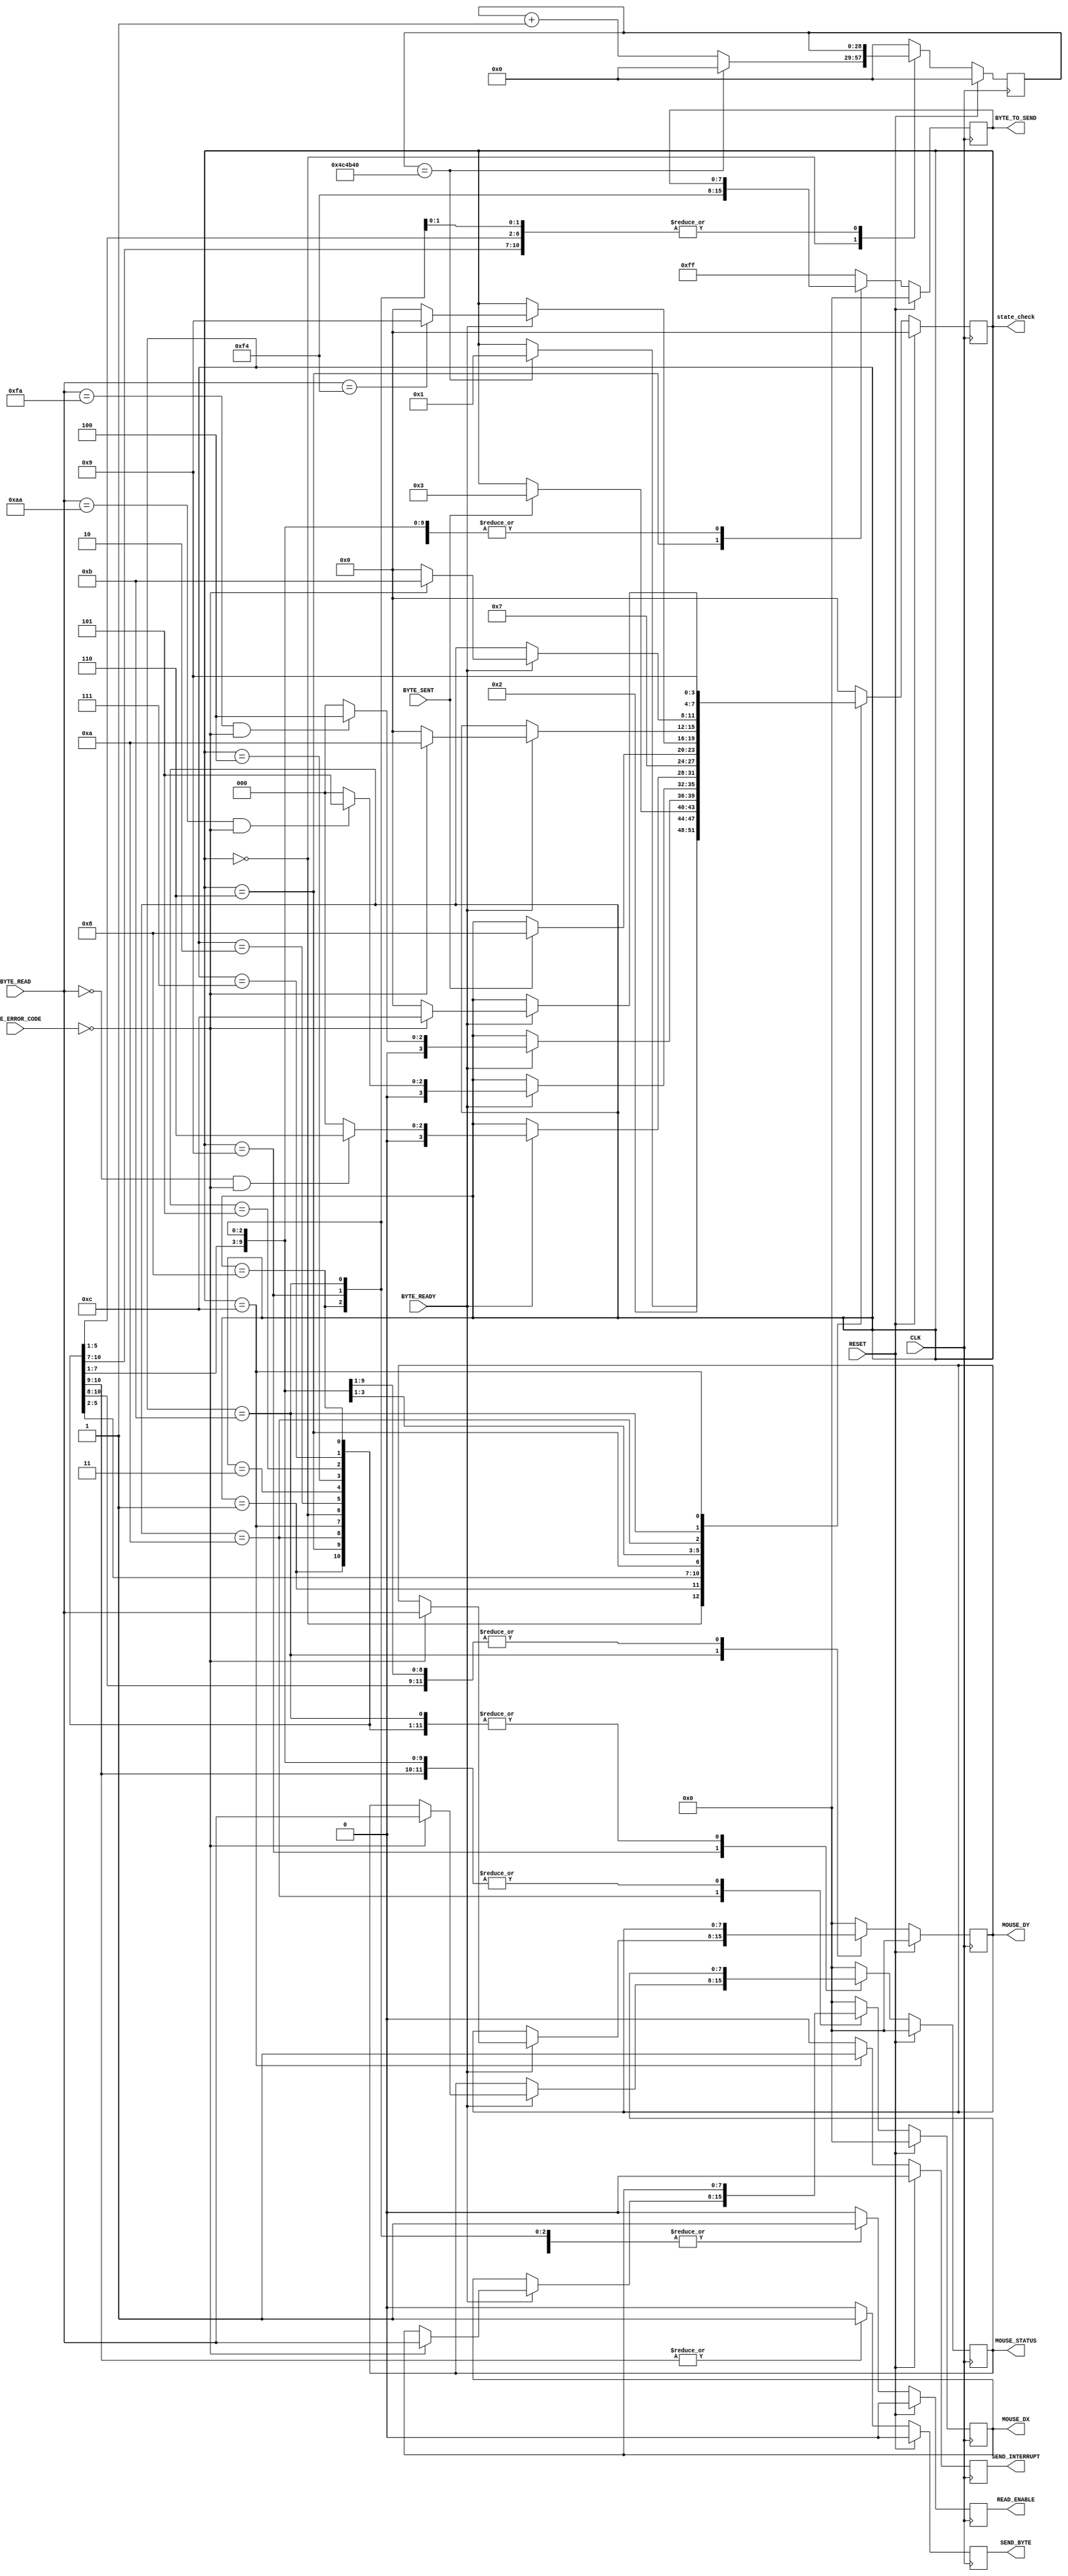
module MouseMasterSM(
    output [3:0] state_check,

    input CLK,
    input RESET,
    //Transmitter Control
    output SEND_BYTE,
    output [7:0] BYTE_TO_SEND,
    input BYTE_SENT,
    //Receiver Control
    output READ_ENABLE,
    input [7:0] BYTE_READ,
    input [1:0] BYTE_ERROR_CODE,
    input BYTE_READY,
    //Data Registers
    output [7:0] MOUSE_DX,
    output [7:0] MOUSE_DY,
    output [7:0] MOUSE_STATUS,
    output SEND_INTERRUPT
);

    assign state_check=Curr_State;
    
    //////////////////////////////////////////////////////////////
    // Main state machine - There is a setup sequence
    //
    // 1) Send FF -- Reset command,
    // 2) Read FA -- Mouse Acknowledge,
    // 2) Read AA -- Self-Test Pass
    // 3) Read 00 -- Mouse ID
    // 4) Send F4 -- Start transmitting command,
    // 5) Read FA -- Mouse Acknowledge,
    //
    // If at any time this chain is broken, the SM will restart from
    // the beginning. Once it has finished the set-up sequence, the read enable flag
    // is raised.
    // The host is then ready to read mouse information 3 bytes at a time:
    // S1) Wait for first read, When it arrives, save it to Status. Goto S2.
    // S2) Wait for second read, When it arrives, save it to DX. Goto S3.
    // S3) Wait for third read, When it arrives, save it to DY. Goto S1.
    // Send interrupt.
    
    //State Control
    reg [3:0] Curr_State, Next_State;
    reg [28:0] Curr_Counter, Next_Counter;
    //Transmitter Control
    reg Curr_SendByte, Next_SendByte;
    reg [7:0] Curr_ByteToSend, Next_ByteToSend;
    //Receiver Control
    reg Curr_ReadEnable, Next_ReadEnable;
    //Data Registers
    reg [7:0] Curr_Status, Next_Status;
    reg [7:0] Curr_Dx, Next_Dx;
    reg [7:0] Curr_Dy, Next_Dy;
    reg Curr_SendInterrupt, Next_SendInterrupt;
    
    //Sequential
    always@(posedge CLK) begin
        if(RESET) begin
            Curr_State <= 4'h0;
            Curr_Counter <= 0;
            Curr_SendByte <= 1'b0;
            Curr_ByteToSend <= 8'h00;
            Curr_ReadEnable <= 1'b0;
            Curr_Status <= 8'h00;
            Curr_Dx <= 8'h00;
            Curr_Dy <= 8'h00;
            Curr_SendInterrupt <= 1'b0;
        end 
        else begin
            Curr_State <= Next_State;
            Curr_Counter <= Next_Counter;
            Curr_SendByte <= Next_SendByte;
            Curr_ByteToSend <= Next_ByteToSend;
            Curr_ReadEnable <= Next_ReadEnable;
            Curr_Status <= Next_Status;
            Curr_Dx <= Next_Dx;
            Curr_Dy <= Next_Dy;
            Curr_SendInterrupt <= Next_SendInterrupt;
        end
    end
    
    //Combinatorial
    always@* begin
        Next_State = Curr_State;
        Next_Counter = Curr_Counter;
        Next_SendByte = 1'b0;
        Next_ByteToSend = Curr_ByteToSend;
        Next_ReadEnable = 1'b0;
        Next_Status = Curr_Status;
        Next_Dx = Curr_Dx;
        Next_Dy = Curr_Dy;
        Next_SendInterrupt = 1'b0;
        
        case(Curr_State)
            //Initialise State - Wait here for 10ms before trying to initialise the mouse.
            4'h0: begin
                if(Curr_Counter == 5000000) begin // 1/100th sec at 50MHz clock
                    Next_State = 4'h1;
                    Next_Counter = 0;
                end 
                else
                    Next_Counter = Curr_Counter + 1'b1;
            end
            
            //Start initialisation by sending FF
            4'h1: begin
                Next_State = 4'h2;
                Next_SendByte = 1'b1;
                Next_ByteToSend = 8'hFF;
            end
            
            //Wait for confirmation of the byte being sent
            4'h2: begin
                if(BYTE_SENT)
                    Next_State = 4'h3;
            end
            
            //Wait for confirmation of a byte being received
            //If the byte is FA goto next state, else re-initialise.
            4'h3: begin
                if(BYTE_READY) begin
                    if((BYTE_READ == 8'hFA) & (BYTE_ERROR_CODE == 2'b00))
                        Next_State = 4'h4;
                    else
                        Next_State = 4'h0;
                end
                Next_ReadEnable = 1'b1;
            end
            
            //Wait for self-test pass confirmation
            //If the byte received is AA goto next state, else re-initialise
            4'h4: begin
                if(BYTE_READY) begin
                    if((BYTE_READ == 8'hAA) & (BYTE_ERROR_CODE == 2'b00))
                        Next_State = 4'h5;
                    else
                        Next_State = 4'h0;
                end
                Next_ReadEnable = 1'b1;
            end
            
            //Wait for confirmation of a byte being received
            //If the byte is 00 goto next state (MOUSE ID) else re-initialise
            4'h5: begin
                if(BYTE_READY) begin
                    if((BYTE_READ == 8'h00) & (BYTE_ERROR_CODE == 2'b00))
                        Next_State = 4'h6;
                    else
                        Next_State = 4'h0;
                end
                Next_ReadEnable = 1'b1;
            end
            
            //Send F4 - to start mouse transmit
            4'h6: begin
                Next_State = 4'h7;
                Next_SendByte = 1'b1;
                Next_ByteToSend = 8'hF4;
            end
            
            //Wait for confirmation of the byte being sent
            4'h7: 
                if(BYTE_SENT) 
                    Next_State = 4'h8;
                
            //Wait for confirmation of a byte being received
            //If the byte is F4 goto next state, else re-initialise
            4'h8: begin
                if(BYTE_READY) begin
                    if(BYTE_READ == 8'hF4) //? why no BYTE_ERROR_CODE == 2'b00
                        Next_State = 4'h9;
                    else
                        Next_State = 4'h0;
                end
                Next_ReadEnable = 1'b1;
                Next_Counter = 0;
            end
            
            ///////////////////////////////////////////////////////////
            //At this point the SM has initialised the mouse.
            //Now we are constantly reading. If at any time
            //there is an error, we will re-initialise
            //the mouse - just in case.
            
            ///////////////////////////////////////////////////////////
            //Wait for the confirmation of a byte being received.
            //This byte will be the first of three, the status byte.
            //If a byte arrives, but is corrupted, then we re-initialise    
            //Wait for confirmation of a byte being received
            //This byte will be the second of three, the Dx byte.
            4'h9: begin
                /*....................
                FILL IN THIS AREA
                ...................*/
                if(BYTE_READY) begin
                    if (BYTE_ERROR_CODE == 2'b00) begin
                        Next_State = 4'hA;
                        Next_Status = BYTE_READ;
                    end 
                    else
                        Next_State = 4'h0;
                end
                                 
                Next_ReadEnable = 1'b1;
            end
                        
            4'hA: begin
                /*....................
                FILL IN THIS AREA
                ...................*/
                if(BYTE_READY) begin
                    if (BYTE_ERROR_CODE == 2'b00) begin
                        Next_State = 4'hB;
                        Next_Dx = BYTE_READ;
                    end 
                    else
                        Next_State = 4'h0;
                end
                                 
                Next_ReadEnable = 1'b1;
            end
            
            //Wait for confirmation of a byte being received
            //This byte will be the third of three, the Dy byte.
            4'hB: begin
                /*....................
                FILL IN THIS AREA
                ...................*/
                if(BYTE_READY) begin
                    if (BYTE_ERROR_CODE == 2'b00) begin
                        Next_State = 4'hC;
                        Next_Dy = BYTE_READ;
                    end 
                    else
                        Next_State = 4'h0;
                end
                                                 
                Next_ReadEnable = 1'b1;
            end
            
            //Send Interrupt State
            4'hC: begin
                Next_State = 4'h9;
                Next_SendInterrupt = 1'b1;
            end
            
            //Default State
            default: begin
                Next_State = 4'h0;
                Next_Counter = 0;
                Next_SendByte = 1'b0;
                Next_ByteToSend = 8'hFF;
                Next_ReadEnable = 1'b0;
                Next_Status = 8'h00;
                Next_Dx = 8'h00;
                Next_Dy = 8'h00;
                Next_SendInterrupt = 1'b0;
            end
        endcase
    end
    
    ///////////////////////////////////////////////////
    //Tie the SM signals to the IO
    //Transmitter
    assign SEND_BYTE = Curr_SendByte;
    assign BYTE_TO_SEND = Curr_ByteToSend;
    //Receiver
    assign READ_ENABLE = Curr_ReadEnable;
    //Output Mouse Data
    assign MOUSE_DX = Curr_Dx;
    assign MOUSE_DY = Curr_Dy;
    assign MOUSE_STATUS = Curr_Status;
    assign SEND_INTERRUPT = Curr_SendInterrupt;

endmodule